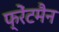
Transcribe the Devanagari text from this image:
फ्रेंटमैन